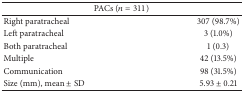
| <COLSPAN=2> PACs (n = 311) |
 | --- | --- |
 | Right paratracheal | 307 (98.7%) |
 | Left paratracheal | 3 (1.0%) |
 | Both paratracheal | 1 (0.3) |
 | Multiple | 42 (13.5%) |
 | Communication | 98 (31.5%) |
 | Size (mm), mean ± SD | 5.93 ± 0.21 |